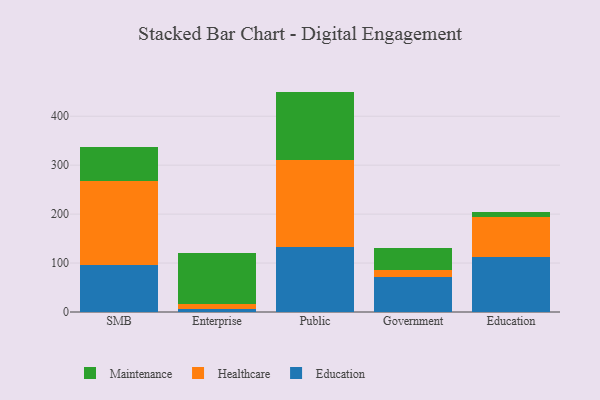
{"axis": {"x": "Segment", "y": "Inventory Turnover"}, "legend": ["Education", "Healthcare", "Maintenance"], "data": [{"x": "SMB", "y": 95.5, "type": "Education"}, {"x": "SMB", "y": 172.9, "type": "Healthcare"}, {"x": "SMB", "y": 67.8, "type": "Maintenance"}, {"x": "Enterprise", "y": 6.7, "type": "Education"}, {"x": "Enterprise", "y": 9.7, "type": "Healthcare"}, {"x": "Enterprise", "y": 103.9, "type": "Maintenance"}, {"x": "Public", "y": 132.4, "type": "Education"}, {"x": "Public", "y": 178.5, "type": "Healthcare"}, {"x": "Public", "y": 139.5, "type": "Maintenance"}, {"x": "Government", "y": 71.2, "type": "Education"}, {"x": "Government", "y": 15.5, "type": "Healthcare"}, {"x": "Government", "y": 43.4, "type": "Maintenance"}, {"x": "Education", "y": 113.4, "type": "Education"}, {"x": "Education", "y": 80.4, "type": "Healthcare"}, {"x": "Education", "y": 10.5, "type": "Maintenance"}]}